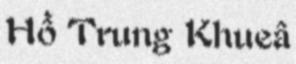
Hồ Trung Khueâ